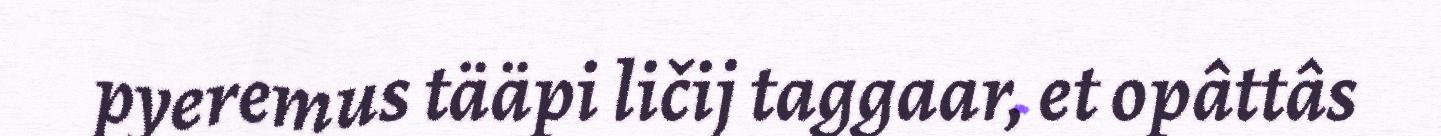
pyeremus tääpi ličij taggaar, et opâttâs